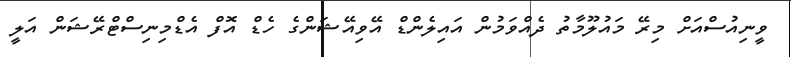
ވީނިއުސްއަށް މިރޭ މައުލޫމާތު ދެއްވަމުން އައިލެންޑް އޭވިއޭޝަންގެ ހެޑް އޮފް އެޑްމިނިސްޓްރޭޝަން އަލީ